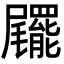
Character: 𡳹